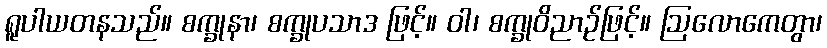
ရူပါယတနသည်။ စက္ခုနာ၊ စက္ခုပသာဒ ဖြင့်။ ဝါ၊ စက္ခုဝိညာဉ်ဖြင့်။ ဩလောကေတွာ၊